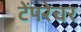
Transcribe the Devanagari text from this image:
टेंपरेचर